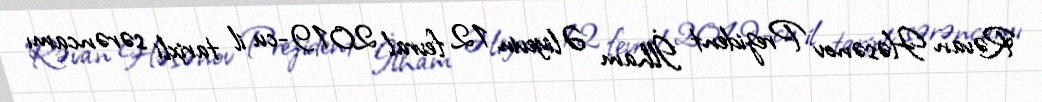
Rəvan Həsənov Prezident İlham Əliyevin 12 fevral 2019-cu il tarixli sərəncamı